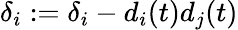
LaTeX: \delta_{i}:=\delta_{i}-d_{i}(t)d_{j}(t)